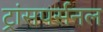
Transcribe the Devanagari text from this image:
ट्रांसपर्सनल